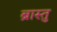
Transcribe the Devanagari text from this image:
ब्रास्तु